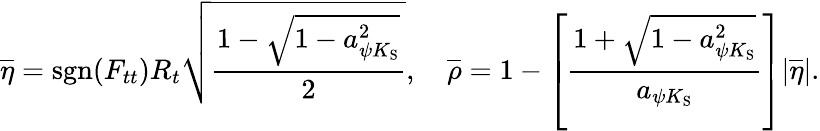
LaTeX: \overline{{{\eta}}}=\mathrm{sgn}(F_{tt})R_{t}\sqrt{\frac{1-\sqrt{1-a_{\psi K_{\mathrm{S}}}^{2}}}{2}},\quad\overline{{{\rho}}}=1-\left[\frac{1+\sqrt{1-a_{\psi K_{\mathrm{S}}}^{2}}}{a_{\psi K_{\mathrm{S}}}}\right]|\overline{{{\eta}}}|.